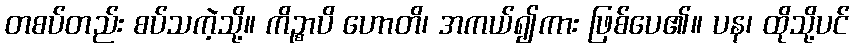
တစပ်တည်း စပ်သကဲ့သို့။ ကိဉ္စာပိ ဟောတိ၊ အကယ်၍ကား ဖြစ်ပေ၏။ ပန၊ ထိုသို့ပင်